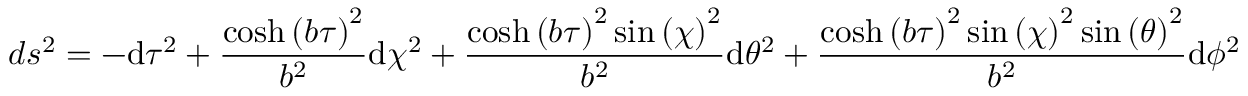
d s ^ { 2 } = - \mathrm { d } { \tau } ^ { 2 } + \frac { \cosh \left( b { \tau } \right) ^ { 2 } } { b ^ { 2 } } \mathrm { d } { \chi } ^ { 2 } + \frac { \cosh \left( b { \tau } \right) ^ { 2 } \sin \left( { \chi } \right) ^ { 2 } } { b ^ { 2 } } \mathrm { d } { \theta } ^ { 2 } + \frac { \cosh \left( b { \tau } \right) ^ { 2 } \sin \left( { \chi } \right) ^ { 2 } \sin \left( { \theta } \right) ^ { 2 } } { b ^ { 2 } } \mathrm { d } { \phi } ^ { 2 }